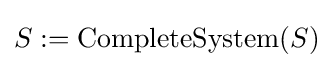
S:=\operatorname {CompleteSystem} (S)